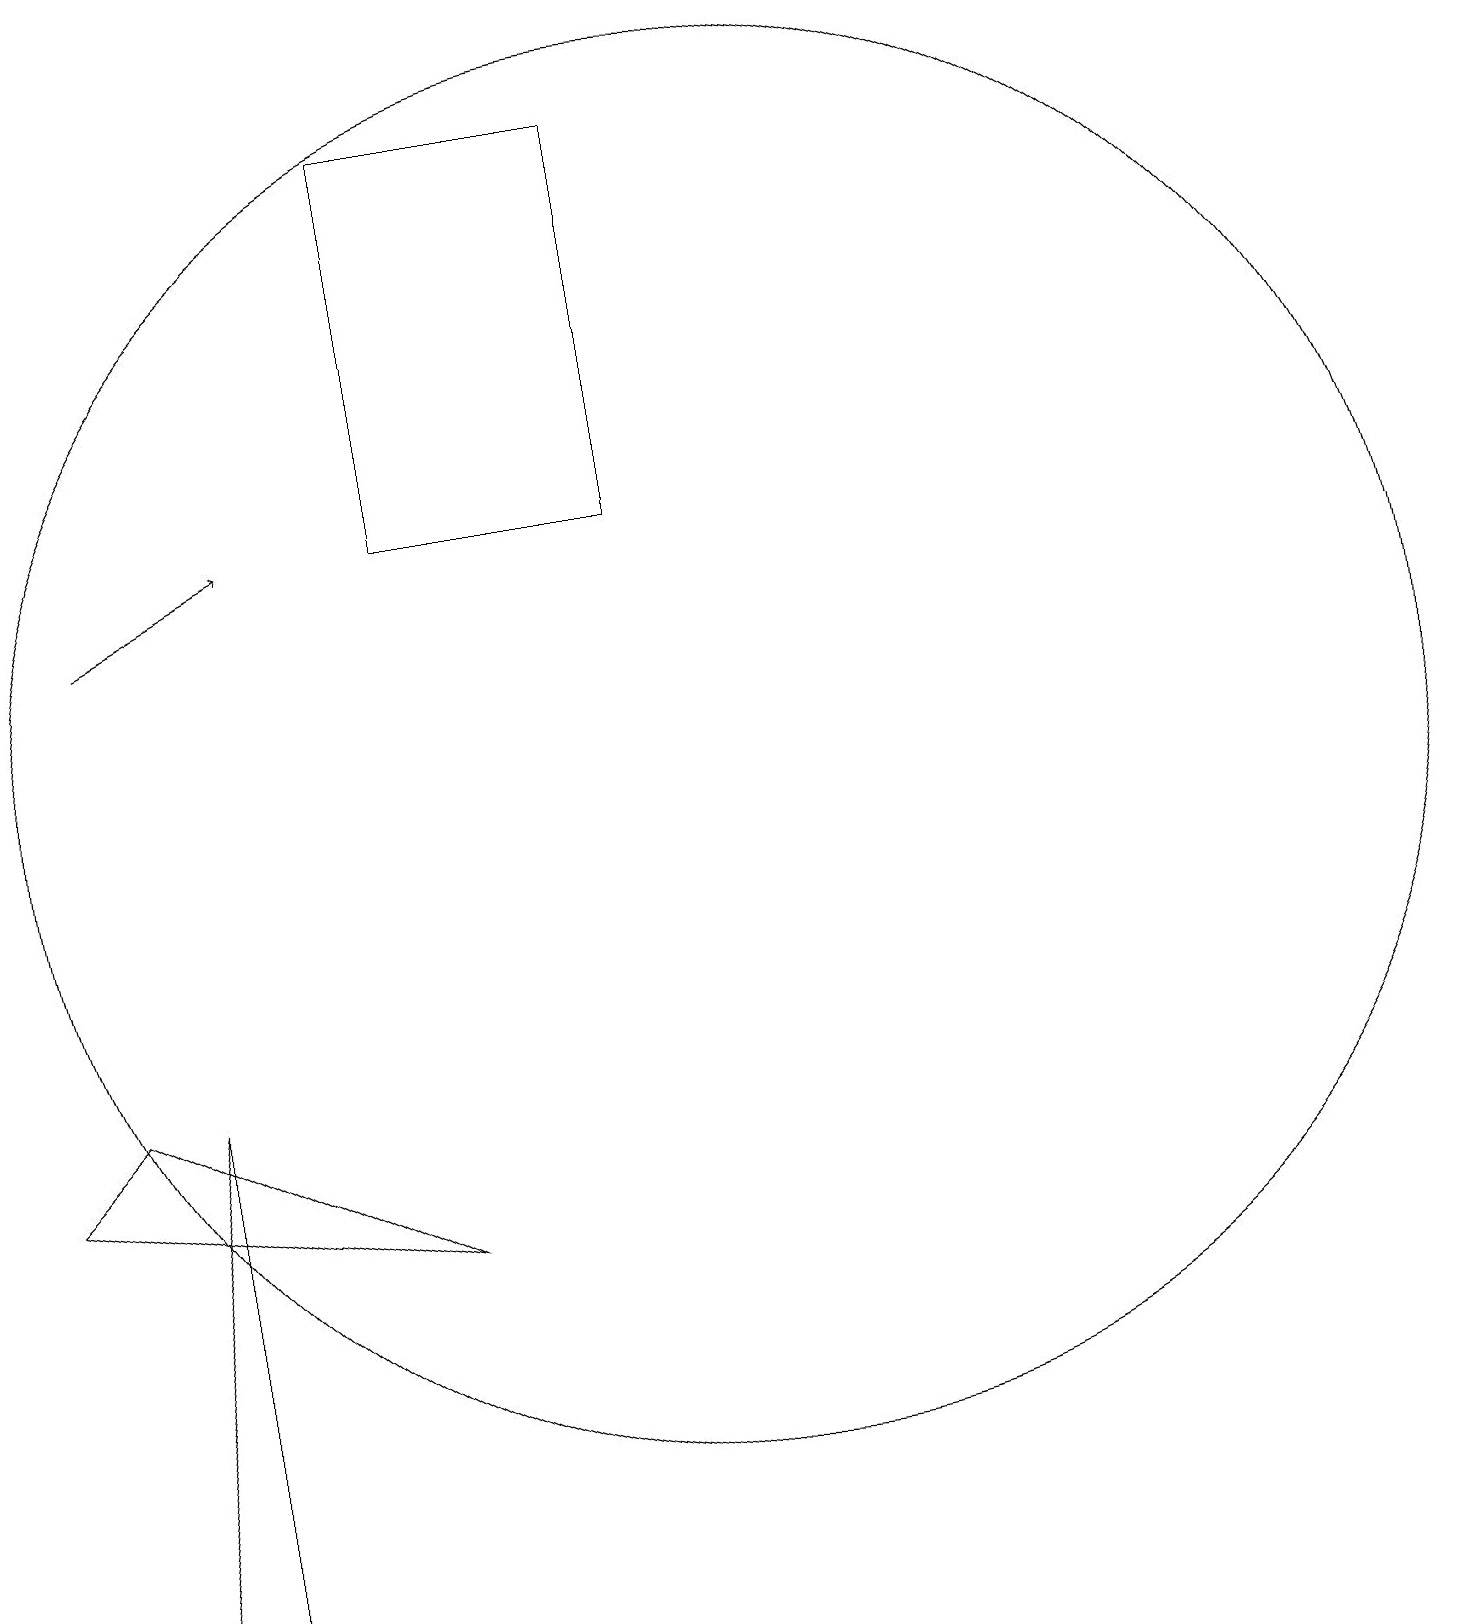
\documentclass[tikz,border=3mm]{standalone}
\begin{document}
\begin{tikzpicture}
\draw (6,19) rectangle (9,14);
\draw[->] (2,13) -- (4,14);
\draw (10,11) circle (9);
\draw (7,19) rectangle (6,19);
\draw (1,6) -- (6,5) -- (2,7) -- cycle;
\draw (2,0) -- (3,7) -- (3,0) -- cycle;
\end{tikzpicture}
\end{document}